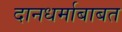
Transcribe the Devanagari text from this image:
दानधर्माबाबत